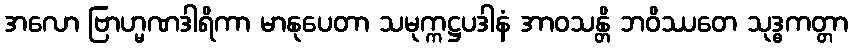
အလော ဗြာဟ္မဏဒါရိကာ မာနုပေတာ သမုက္ကဋ္ဌပဒါနံ အာဝသန္တိ ဘဝိဿတေ သုဒ္ဓကတ္တာ